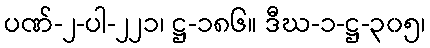
ပဏ်-၂-ပါ-၂၂၁၊ ဋ္ဌ-၁၈၆။ ဒီဃ-၁-ဋ္ဌ-၃၀၅၊